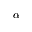
{ \alpha }